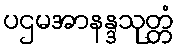
ပဌမအာနန္ဒသုတ္တံ